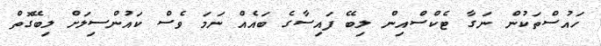
ހައުސްތަކުން ނަގާ ޓެކްސްއިން ލިބޭ ފައިސާގެ ބައެއް ނަމަ ވެސް ކައުންސިލަށް ލިބޭގޮތް